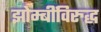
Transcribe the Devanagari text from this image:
झोम्बींविरुद्ध